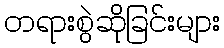
တရားစွဲဆိုခြင်းများ